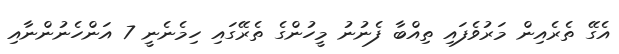
އެގޭ ތެެރެއިން މަރުވެފައި ތިއްބާ ފެނުނު މީހުންގެ ތެރޭގައި ހިމެނެނީ 7 އަންހެނުންނާއި